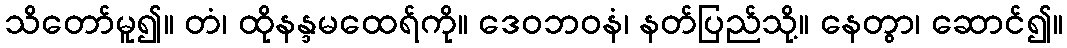
သိတော်မူ၍။ တံ၊ ထိုနန္ဒမထေရ်ကို။ ဒေဝဘဝနံ၊ နတ်ပြည်သို့။ နေတွာ၊ ဆောင်၍။